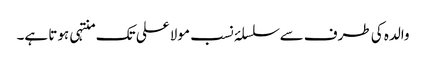
والدہ کی طرف سے سلسلۂ نسب مولا علی تک منتہی ہوتا ہے۔